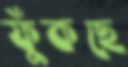
ফুঁকছে